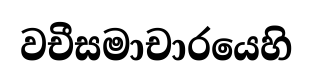
වචීසමාචාරයෙහි